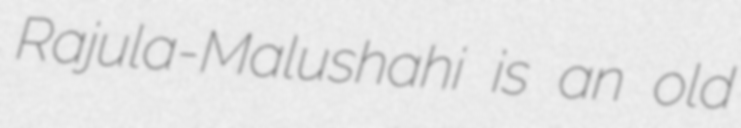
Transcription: Rajula-Malushahi is an old